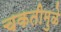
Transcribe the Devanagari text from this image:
चकतीमुळे